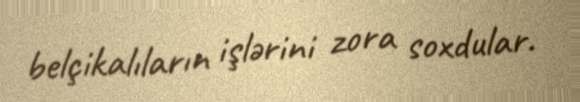
belçikalıların işlərini zora soxdular.